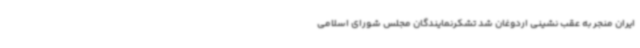
ایران منجر به عقب نشینی اردوغان شد تشکرنمایندگان مجلس شورای اسلامی